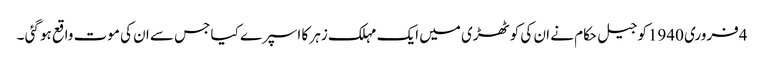
4فروری 1940کو جیل حکام نے ان کی کوٹھڑی میں ایک مہلک زہر کا اسپرے کیا جس سے ان کی موت واقع ہو گئی ۔